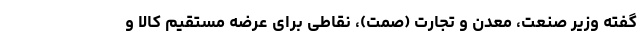
گفته وزیر صنعت، معدن و تجارت (صمت)، نقاطی برای عرضه مستقیم کالا و